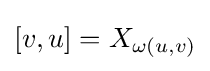
[v,u]=X_{\omega (u,v)}